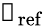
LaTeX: \boldsymbol{\mathscr{P}}_{\mathrm{{ref}}}